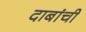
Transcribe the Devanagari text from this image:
दाबांची